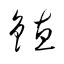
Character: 鏸